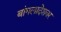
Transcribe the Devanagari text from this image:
बांगलादेशवर